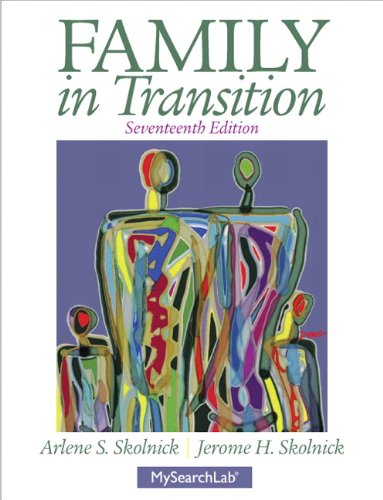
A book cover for Family in Transition (17th Edition); Arlene S. Skolnick; Politics & Social Sciences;